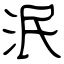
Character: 泯